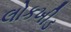
લોકખીડ